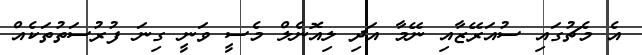
އެ މެޗުގައި ސުއަރޭޒާއި ނޭމާ އަދި ލިއޮނެލް މެސީ ވަނީ ގިނަ ފުރުސަތުތަކެއް